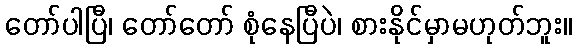
တော်ပါပြီ၊ တော်တော် စုံနေပြီပဲ၊ စားနိုင်မှာမဟုတ်ဘူး။